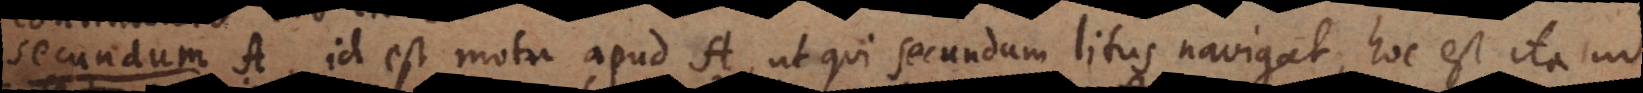
Secundum A, id est motu apud A, ut qui secundum litus navigat, hoc est ita ut